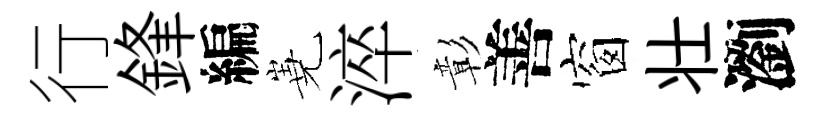
行鋒編嶤淬彰善窗壮瀏